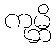
ကုမ္ဘိ